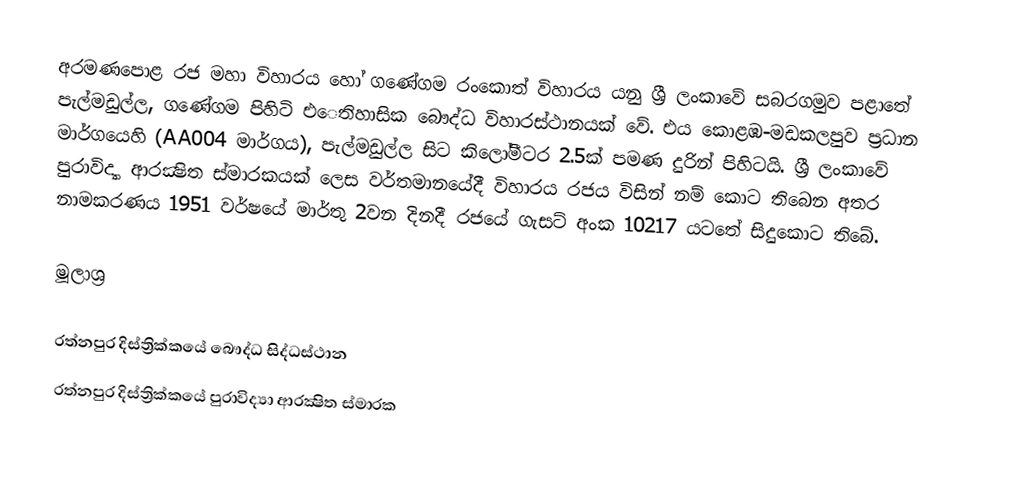
අරමණපොළ රජ මහා විහාරය හෝ ගණේගම රංකොත් විහාරය යනු ශ්‍රී ලංකාවේ සබරගමුව පළාතේ පැල්මඩුල්ල, ගණේගම පිහිටි එෙතිහාසික බෞද්ධ විහාරස්ථානයක් වේ. එය කොළඹ-මඩකලපුව ප්‍රධාන මාර්ගයෙහි (AA004 මාර්ගය), පැල්මඩුල්ල සිට කිලෝමීටර 2.5ක් පමණ දුරින් පිහිටයි. ශ්‍රී ලංකාවේ පුරාවිද්‍යා ආරක්‍ෂිත ස්මාරකයක් ලෙස වර්තමානයේදී විහාරය රජය විසින් නම් කොට තිබෙන අතර නාමකරණය 1951 වර්ෂයේ මාර්තු 2වන දිනදී රජයේ ගැසට් අංක 10217 යටතේ සිදුකොට තිබේ.

මූලාශ්‍ර

රත්නපුර දිස්ත්‍රික්කයේ බෞද්ධ සිද්ධස්ථාන
රත්නපුර දිස්ත්‍රික්කයේ පුරාවිද්‍යා ආරක්‍ෂිත ස්මාරක